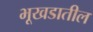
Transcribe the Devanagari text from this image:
भूखडातील